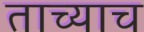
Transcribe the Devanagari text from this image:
ताच्याच